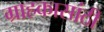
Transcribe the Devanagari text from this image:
ग्राहकासांठी